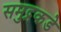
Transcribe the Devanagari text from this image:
समुद्रकडे